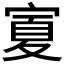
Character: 𭔆